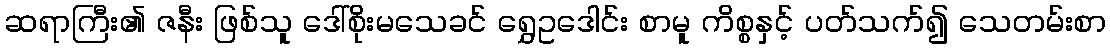
ဆရာကြီး၏ ဇနီး ဖြစ်သူ ဒေါ်စိုးမသေခင် ရွှေဥဒေါင်း စာမူ ကိစ္စနှင့် ပတ်သက်၍ သေတမ်းစာ